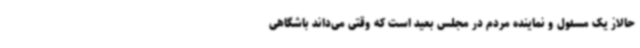
حالاز یک مسئول و نماینده مردم در مجلس بعید است که وقتی می‌داند باشگاهی